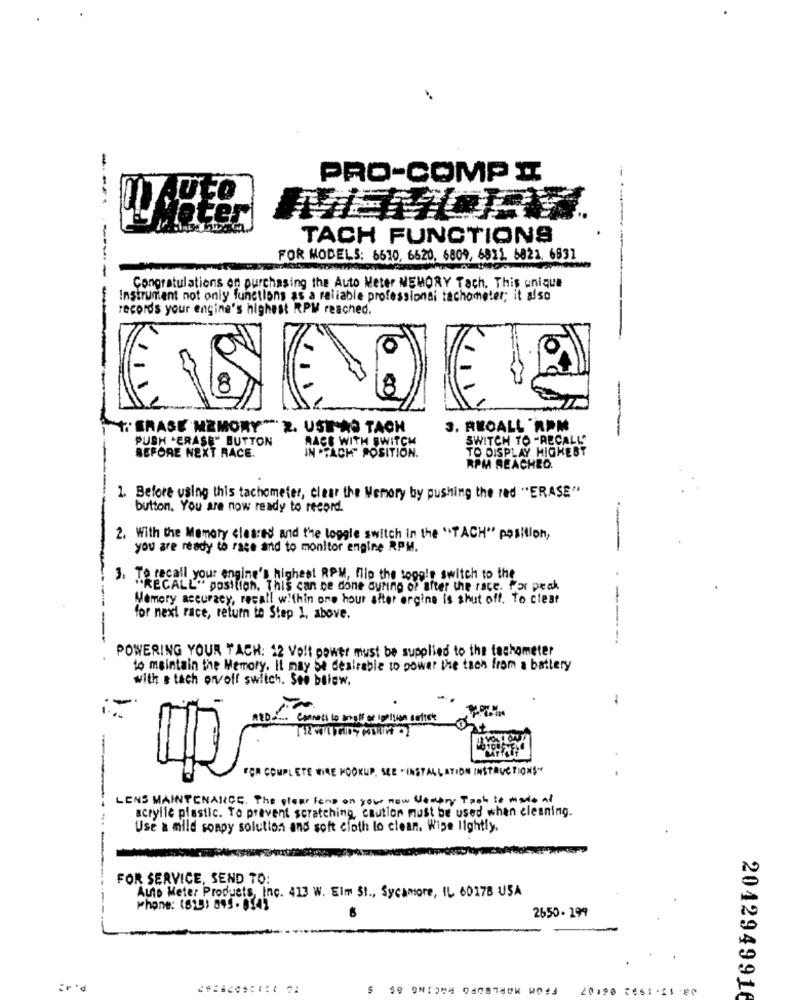
PRO-COMP I
Auto
later
TACH FUNCTIONS
FOR MODELS: 6610, 6620, 6809, 6825. 6821. 6831
Congratulations on purchasing the Auto Meter MEMORY Tach. This unique
Instrument not only functions as a reliable professional tachometer; it also
records your engine's highest RPM reached.
""""ERASE MEMORY " 2. USTAS TACH
3. REOALL RPM
----
PUSH -ERASE" BUTTON
RACE WITH SWITCH
SWITCH TO -RECALL"
TO DISPLAY HIGHEST
BEFORE NEXT RACE.
IN .TACK" POSITION.
RPM REACHED.
1. Before using this tachometer, clear the Memory by pushing the red "ERASE"
button. You are now ready to record.
2. With the Memory cleared and the toggle switch in the "TACH" position,
you are ready to race and to monitor engine RPM.
3. To recall your engine's highest RPM, flip the toggle switch to the
RECALL" position. This can be done during of after the race. Mor prak
Memory accuracy, recall within one hour after ergine is shut off. to clear
for next race, return to Step 1, above.
POWERING YOUR TACH: 12 Volt power must be supplied to the tachometer
to maintain the Memory. It may Se dealrable to power the tach from a battery
with s tach orvoff switch. See baigw.
-
RED. .... Connect to angle of spellcon cariste
FOR COMPLETE WIRE HOOKUP, SEE "INSTALLATION INSTRUCTIONS"
LENS MAINTENANCE. The plear tene on your now Ventry Task te made At
acrylle plastic. To prevent scratching, caution must be used when cleaning.
Use a mild soapy solution and soft cloth lo clean. Wipe lightly.
FOR SERVICE, SEND TO:
Auto Meter Products, Inc. 413 W. Elm St ., Sycamore, IL 60178 USA
Phone: (02) 899 -0141
2650- 199
FROM MARLBORO RACING &S S
:r 'd
20,90 CESS-E1 0
2012949916